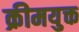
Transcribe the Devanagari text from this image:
क्रीमयुक्त